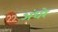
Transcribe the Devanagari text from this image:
अंधरे